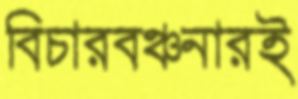
বিচারবঞ্চনারই